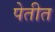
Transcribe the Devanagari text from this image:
पेतीत